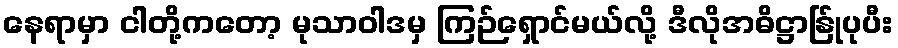
နေရာမှာ ငါတို့ကတော့ မုသာဝါဒမှ ကြဉ်ရှောင်မယ်လို့ ဒီလိုအဓိဋ္ဌာန်ြုပုပီး